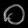
Digit: ၀